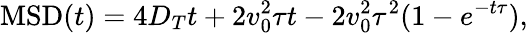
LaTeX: \textnormal{MSD}(t)=4D_{T}t+2v_{0}^{2}\tau t-2v_{0}^{2}\tau^{2}(1-e^{-t\tau}),